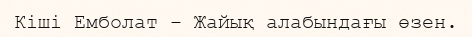
Кіші Емболат – Жайық алабындағы өзен.